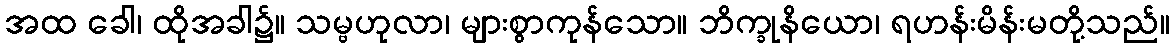
အထ ခေါ၊ ထိုအခါ၌။ သမ္ဗဟုလာ၊ များစွာကုန်သော။ ဘိက္ခုနိယော၊ ရဟန်းမိန်းမတို့သည်။